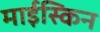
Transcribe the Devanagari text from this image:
माईस्किन